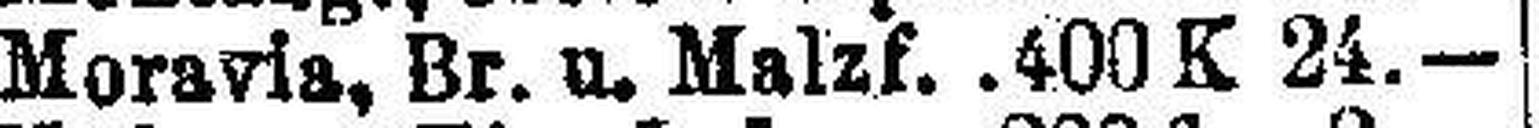
Moravia, Br. u. Malzf.  400 K 24.—